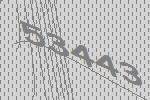
53443